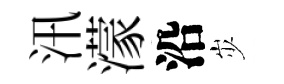
汛濛沿𡵯